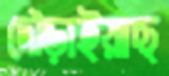
দৌড়াইয়াছ